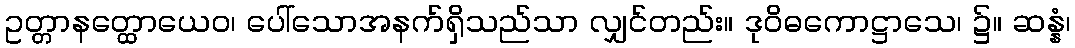
ဥတ္တာနတ္ထောယေဝ၊ ပေါ်သောအနက်ရှိသည်သာ လျှင်တည်း။ ဒုဝိဓကောဋ္ဌာသေ၊ ၌။ ဆန္နံ၊